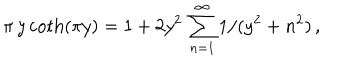
\pi \, y \coth ( \pi y ) = 1 + 2 y ^ { 2 } \, \sum _ { n = 1 } ^ { \infty } 1 / ( y ^ { 2 } + n ^ { 2 } ) \, ,